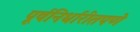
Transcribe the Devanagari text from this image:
पूर्वनिर्धारीतपणे